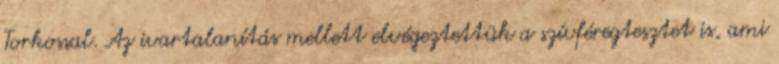
Torkossal. Az ivartalanítás mellett elvégeztettük a szívféregtesztet is, ami